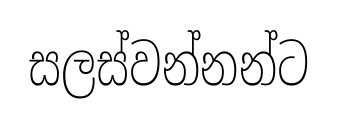
සලස්වන්නන්ට